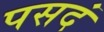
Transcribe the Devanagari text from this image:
पसदं